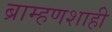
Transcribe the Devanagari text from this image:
ब्राम्हणशाही